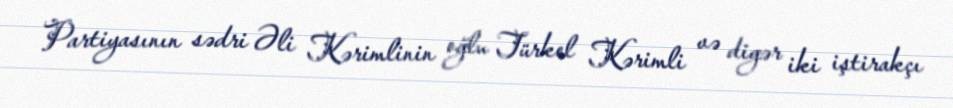
Partiyasının sədri Əli Kərimlinin oğlu Türkel Kərimli və digər iki iştirakçı